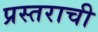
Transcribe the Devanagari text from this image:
प्रस्तराची